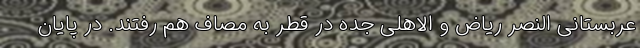
عربستانی النصر ریاض و الاهلی جده در قطر به مصاف هم رفتند. در پایان